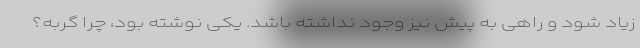
زیاد شود و راهی به پیش نیز وجود نداشته باشد. یکی نوشته بود، چرا گربه؟